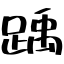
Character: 踽